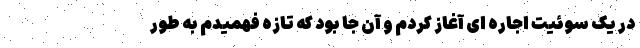
در یک سوئیت اجاره ای آغاز کردم و آن جا بود که تازه فهمیدم به طور